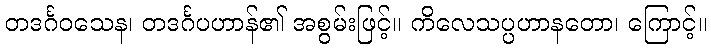
တဒင်္ဂဝသေန၊ တဒင်္ဂပဟာန်၏ အစွမ်းဖြင့်။ ကိလေသပ္ပဟာနတော၊ ကြောင့်။